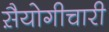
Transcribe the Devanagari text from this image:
स़ैयोगीचारी